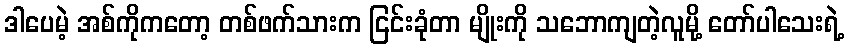
ဒါပေမဲ့ အစ်ကိုကတော့ တစ်ဖက်သားက ငြင်းခုံတာ မျိုးကို သဘောကျတဲ့လူမို့ တော်ပါသေးရဲ့